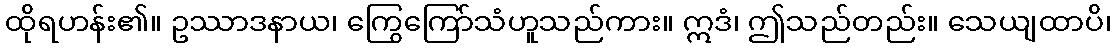
ထိုရဟန်း၏။ ဥဿာဒနာယ၊ ကြွေကြော်သံဟူသည်ကား။ ဣဒံ၊ ဤသည်တည်း။ သေယျထာပိ၊